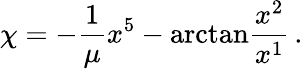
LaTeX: \chi=-\frac{1}{\mu}x^{5}-\mathrm{arctan}\frac{x^{2}}{x^{1}}\, .